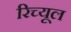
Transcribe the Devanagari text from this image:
रिच्यूल